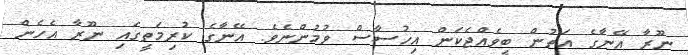
ނޫރާ އޭނާގެ އަތުން ބީވެއްޖެކަން އިހުސާސް ވުމުންނެވެ. އޭނާގެ ކުރިމަތީގައި ނޫރާ އެހެން